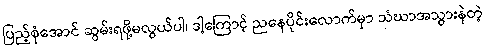
ပြည့်စုံအောင် ဆွမ်းရဖို့မလွယ်ပါ၊ ဒါ့ကြောင့် ညနေပိုင်းလောက်မှာ သံဃာအသွားနဲတဲ့